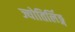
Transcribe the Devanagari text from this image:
ज्योतिर्लिङ्ग